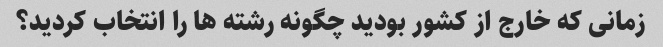
زمانی که خارج از کشور بودید چگونه رشته ها را انتخاب کردید؟